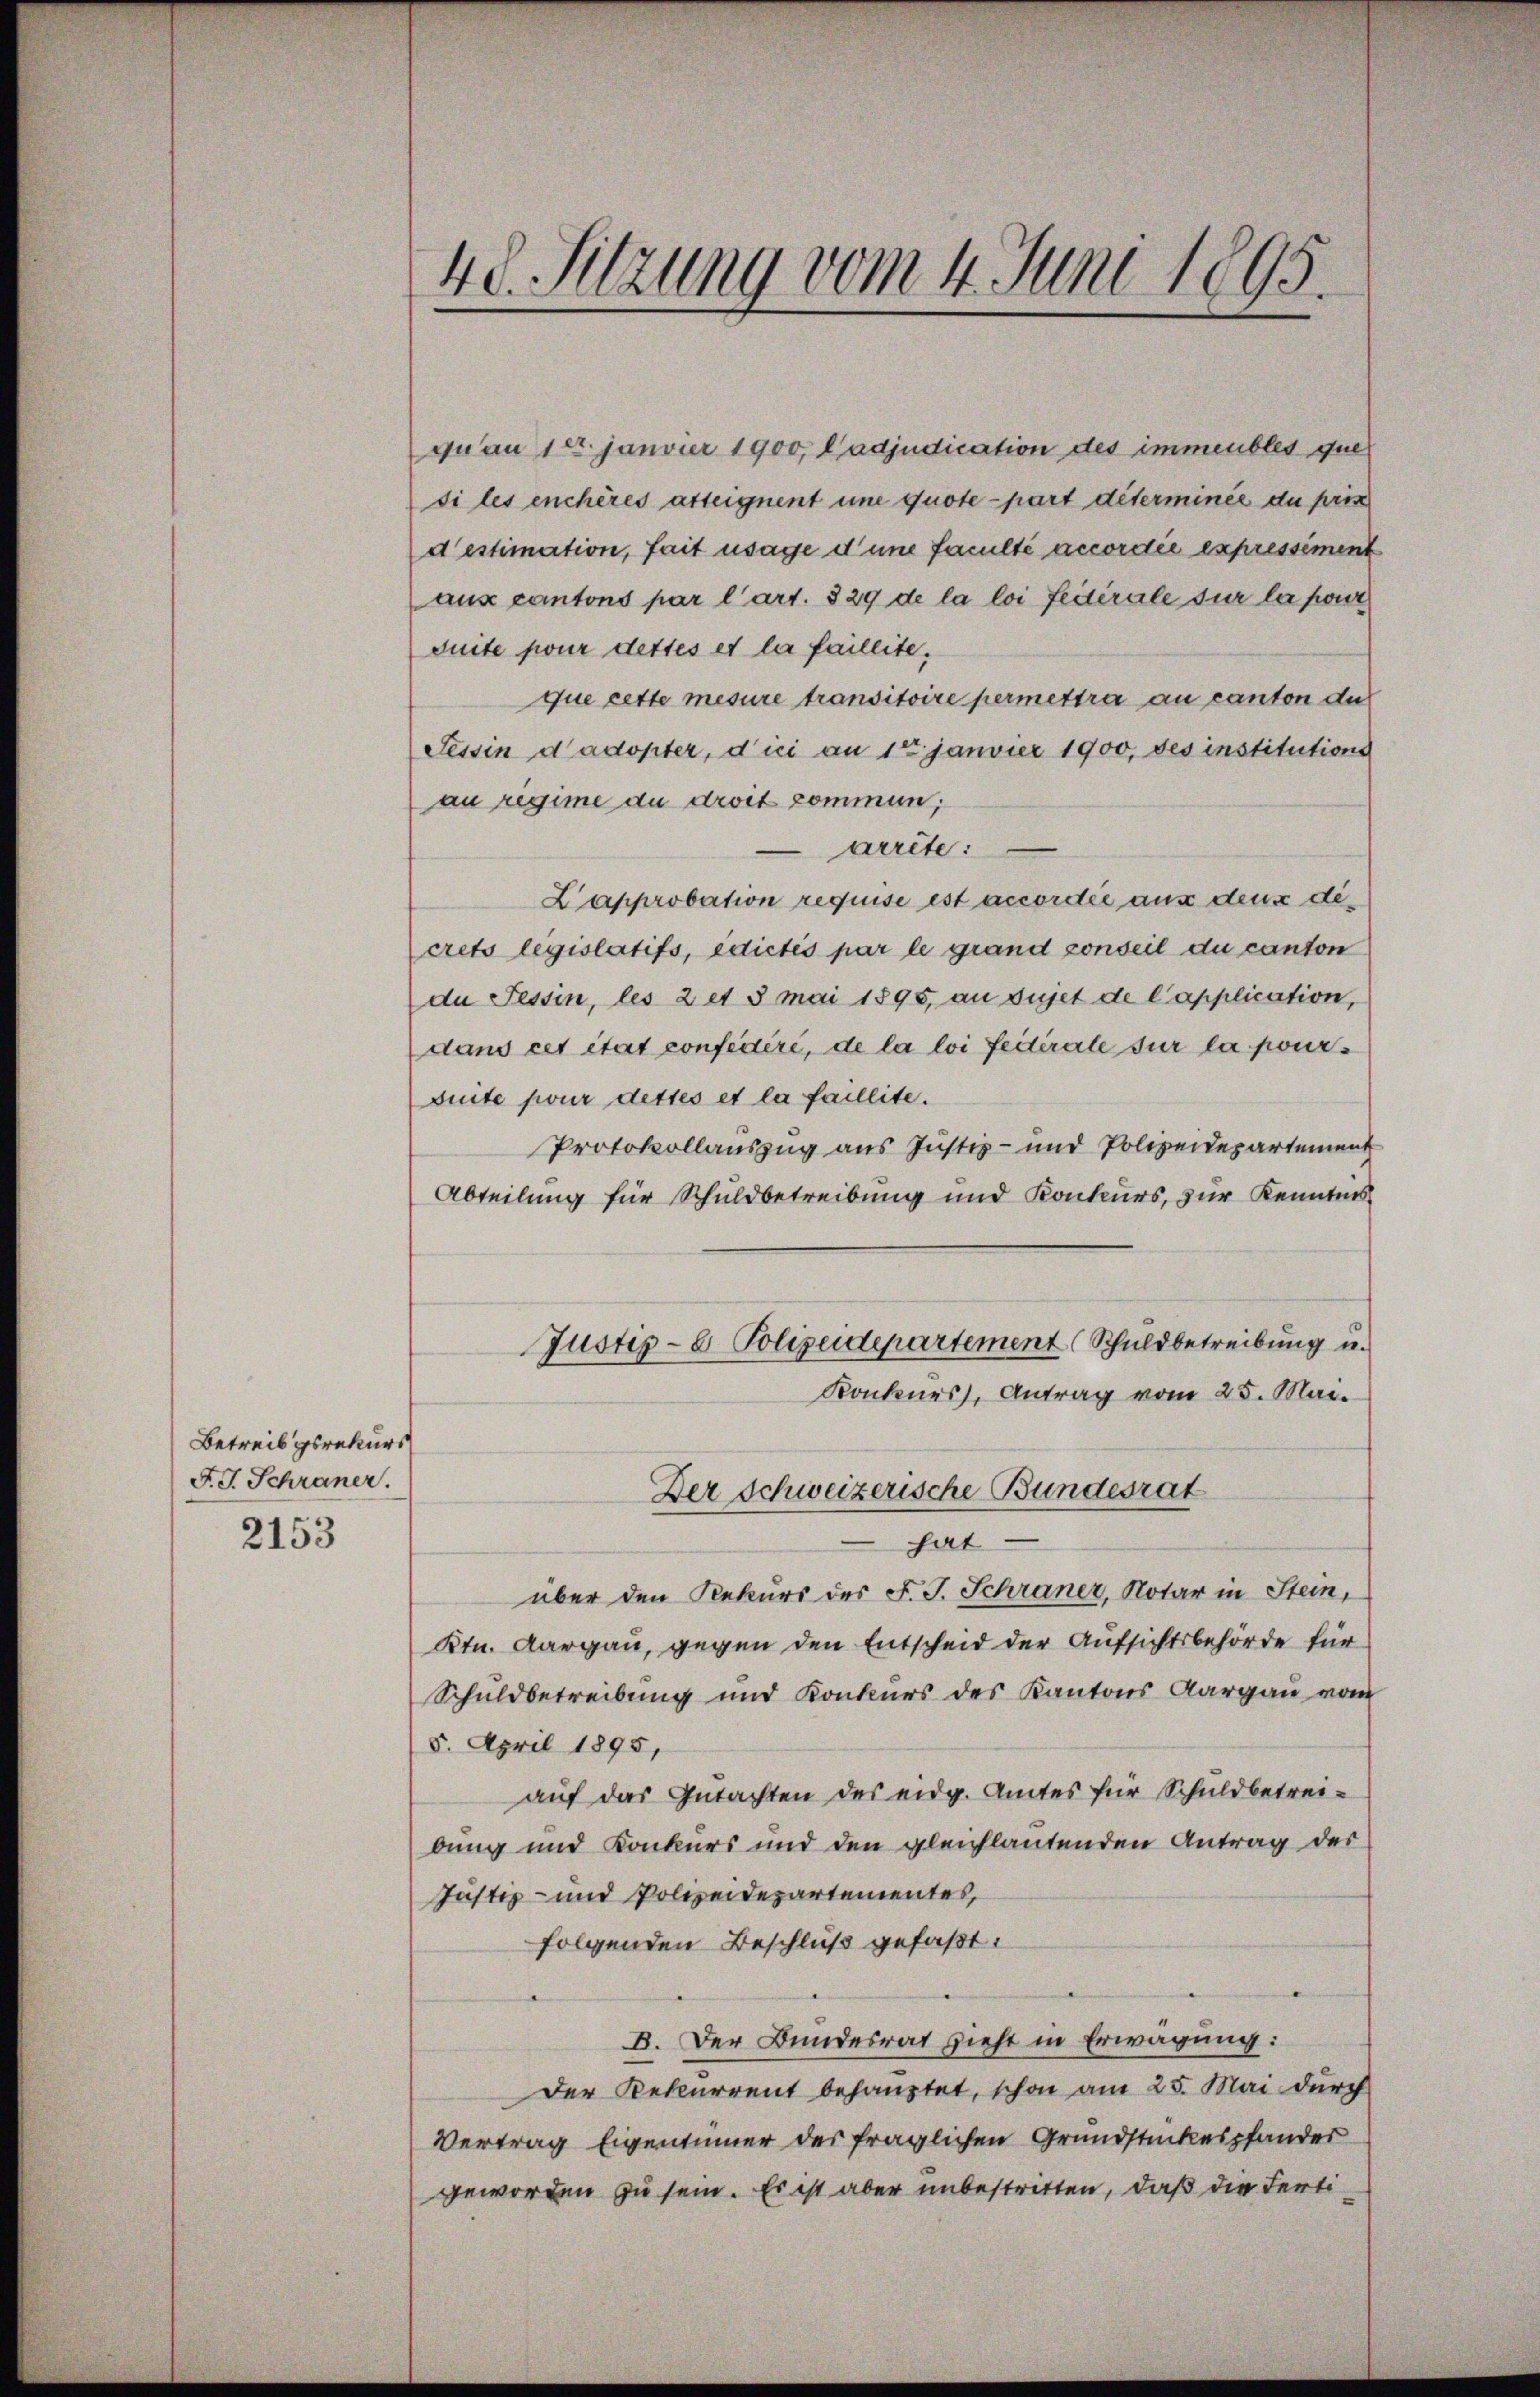
Betreibgsrekurs
F. J. Schraner.
2153

48. Sitzung vom 4. Juni 1895.

quau 10. Janvier 1900, Cadjudication des immeubles que
si les enchères asteignent une quote-part déterminée du pris
destimation, fait usage d’une faculté accordée expressément
aus cantons par l’art. 829 de la loi fédérale sur la pour
duite pour dettes et la faillite,
que cette mesure transitoire permettra au canton de
Tessin dadopter, dici an 1ten Janvier 1900, des institutions
au regime du droit commun;
arrête:
L’approbation requise ist accordée aus deux dicreto legislatifs, édictis par le grand sonseil du canton
da Tessin, les 2 et 3 Mai 1895, an Sujet de Capplication,
dans cet état confédéré, de la loi fectérale sur la pours
Buite pour dettes et la faillite.
Protokollauszug aus Justiz- und Polizeidepartement
Abteilung für Schuldbetreibung und Konkurs, zur Kenntnis
Justiz- & Polizeidepartement (Schuldbetreibung u.
Konkurs, Antrag vom 25. Mai.
Der Schweizerische Bundesrat
hat
über den Rekurs des F. J. Schraner, Notar in Stein,
Ktn. Aargau, gegen den Entscheid der Aufsichtsbehörde für
Schuldbetreibung und Konkurs des Kantons Aargau vom
8. April 1895,
auf das Gutachten des eidg. Amtes für Schuldbetreibung und Konkurs und den gleichlautenden Antrag der
Justiz- und Polizeidepartementes,
folgenden Beschluß gefaßt.
B. Der Bundesrat zieht in Erwägung:
Der Rekurrent behauptet, schon am 25. Mai durch
Vertrag Eigentümer der fraglichen Grundstückespfander
geworden zu sein. Es ist aber unbestritten, daß die Ferti¬